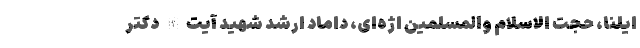
ایلنا، حجت الاسلام والمسلمین اژه‌ای، داماد ارشد شهید آیت‌الله دکتر